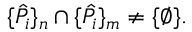
\{ \hat { P } _ { i } \} _ { n } \cap \{ \hat { P } _ { i } \} _ { m } \neq \{ \varnothing \} .